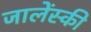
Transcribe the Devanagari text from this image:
जालेंस्की